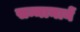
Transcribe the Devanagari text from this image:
सन्मानानें